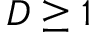
D \ge 1